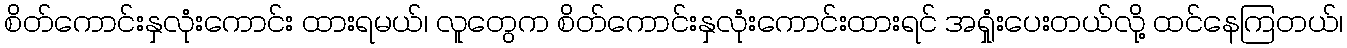
စိတ်ကောင်းနှလုံးကောင်း ထားရမယ်၊ လူတွေက စိတ်ကောင်းနှလုံးကောင်းထားရင် အရှုံးပေးတယ်လို့ ထင်နေကြတယ်၊